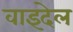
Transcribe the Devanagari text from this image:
वाइदेल